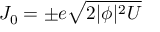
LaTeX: J _ { 0 } = \pm e \sqrt { 2 | \phi | ^ { 2 } U }